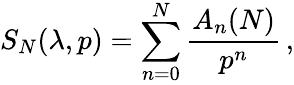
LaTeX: S_{N}(\lambda,p)=\sum_{n=0}^{N}{\frac{A_{n}(N)}{p^{n}}}\, ,